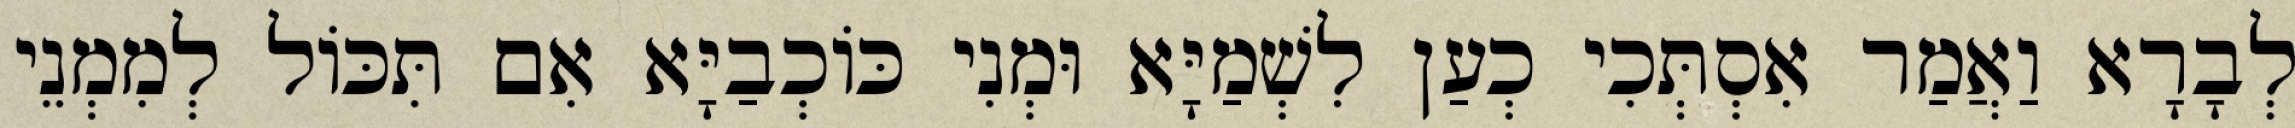
לְבָרָא וַאֲמַר אִסְתְּכִי כְעַן לִשְׁמַיָּא וּמְנִי כּוֹכְבַיָּא אִם תִּכּוֹל לְמִמְנֵי